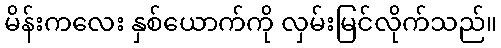
မိန်းကလေး နှစ်ယောက်ကို လှမ်းမြင်လိုက်သည်။